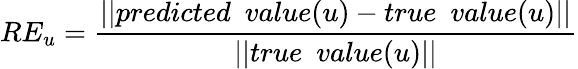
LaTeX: RE_{u}=\frac{||predicted~~value(u)-true~~value(u)||}{||true~~value(u)||}